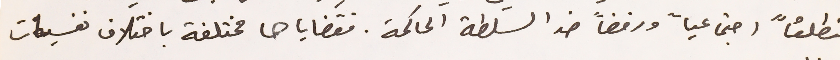
منطلقاً اجتماعياً ورفضاً ضد السلطة الحاكمة. فقضاياها مختلفة باختلاف نفسيات